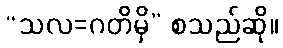
“သလ=ဂတိမှိ” စသည်ဆို။